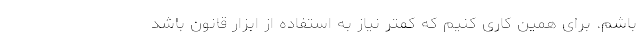
باشم. برای همین کاری کنیم که کمتر نیاز به استفاده از ابزار قانون باشد